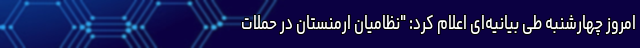
امروز چهارشنبه طی بیانیه‌ای اعلام کرد: "نظامیان ارمنستان در حملات